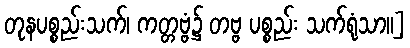
တုနပစ္စည်းသက်၊ ကတ္တဗ္ဗံ၌ တဗ္ဗ ပစ္စည်း သက်ရုံသာ။]